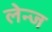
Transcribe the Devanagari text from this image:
लेन्ज